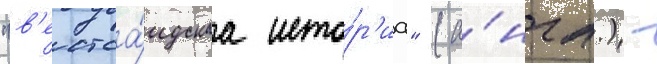
"в'естса́идскаа исто́р'иа" (а́нгл.) -